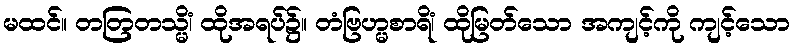
မထင်။ တတြတသ္မိံ၊ ထိုအရပ်၌။ တံဗြဟ္မစာရိံ၊ ထိုမြတ်သော အကျင့်ကို ကျင့်သော